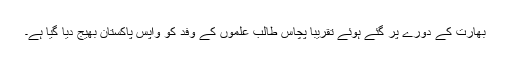
بھارت کے دورے پر گئے ہوئے تقریباً پچاس طالب علموں کے وفد کو واپس پاکستان بھیج دیا گیا ہے۔